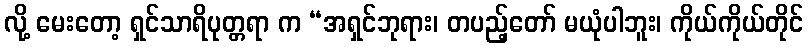
လို့ မေးတော့ ရှင်သာရိပုတ္တရာ က “အရှင်ဘုရား၊ တပည့်တော် မယုံပါဘူး၊ ကိုယ်ကိုယ်တိုင်